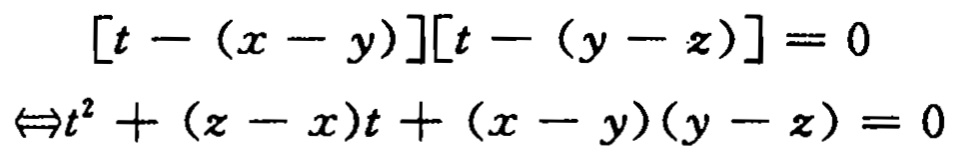
\[
\begin{align*}
[t-(x - y)][t-(y - z)]&=0\\
\Leftrightarrow t^{2}+(z - x)t+(x - y)(y - z)&=0
\end{align*}
\]